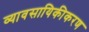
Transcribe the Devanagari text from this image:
व्यावसायिकीकरण